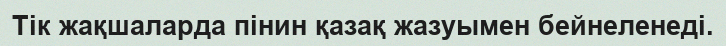
Тік жақшаларда пінин қазақ жазуымен бейнеленеді.